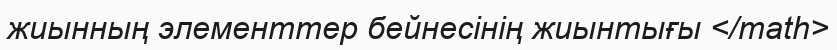
жиынның элементтер бейнесінің жиынтығы </math>